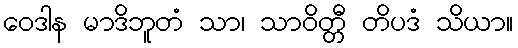
ဝေဒါန မာဒိဘူတံ သာ၊ သာဝိတ္တီ တိပဒံ သိယာ။